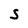
Character: S